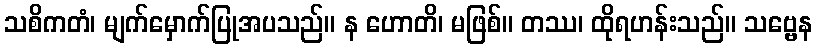
သစိကတံ၊ မျက်မှောက်ပြုအပသည်။ န ဟောတိ၊ မဖြစ်။ တဿ၊ ထိုရဟန်းသည်။ သဗ္ဗေန